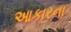
આકારના